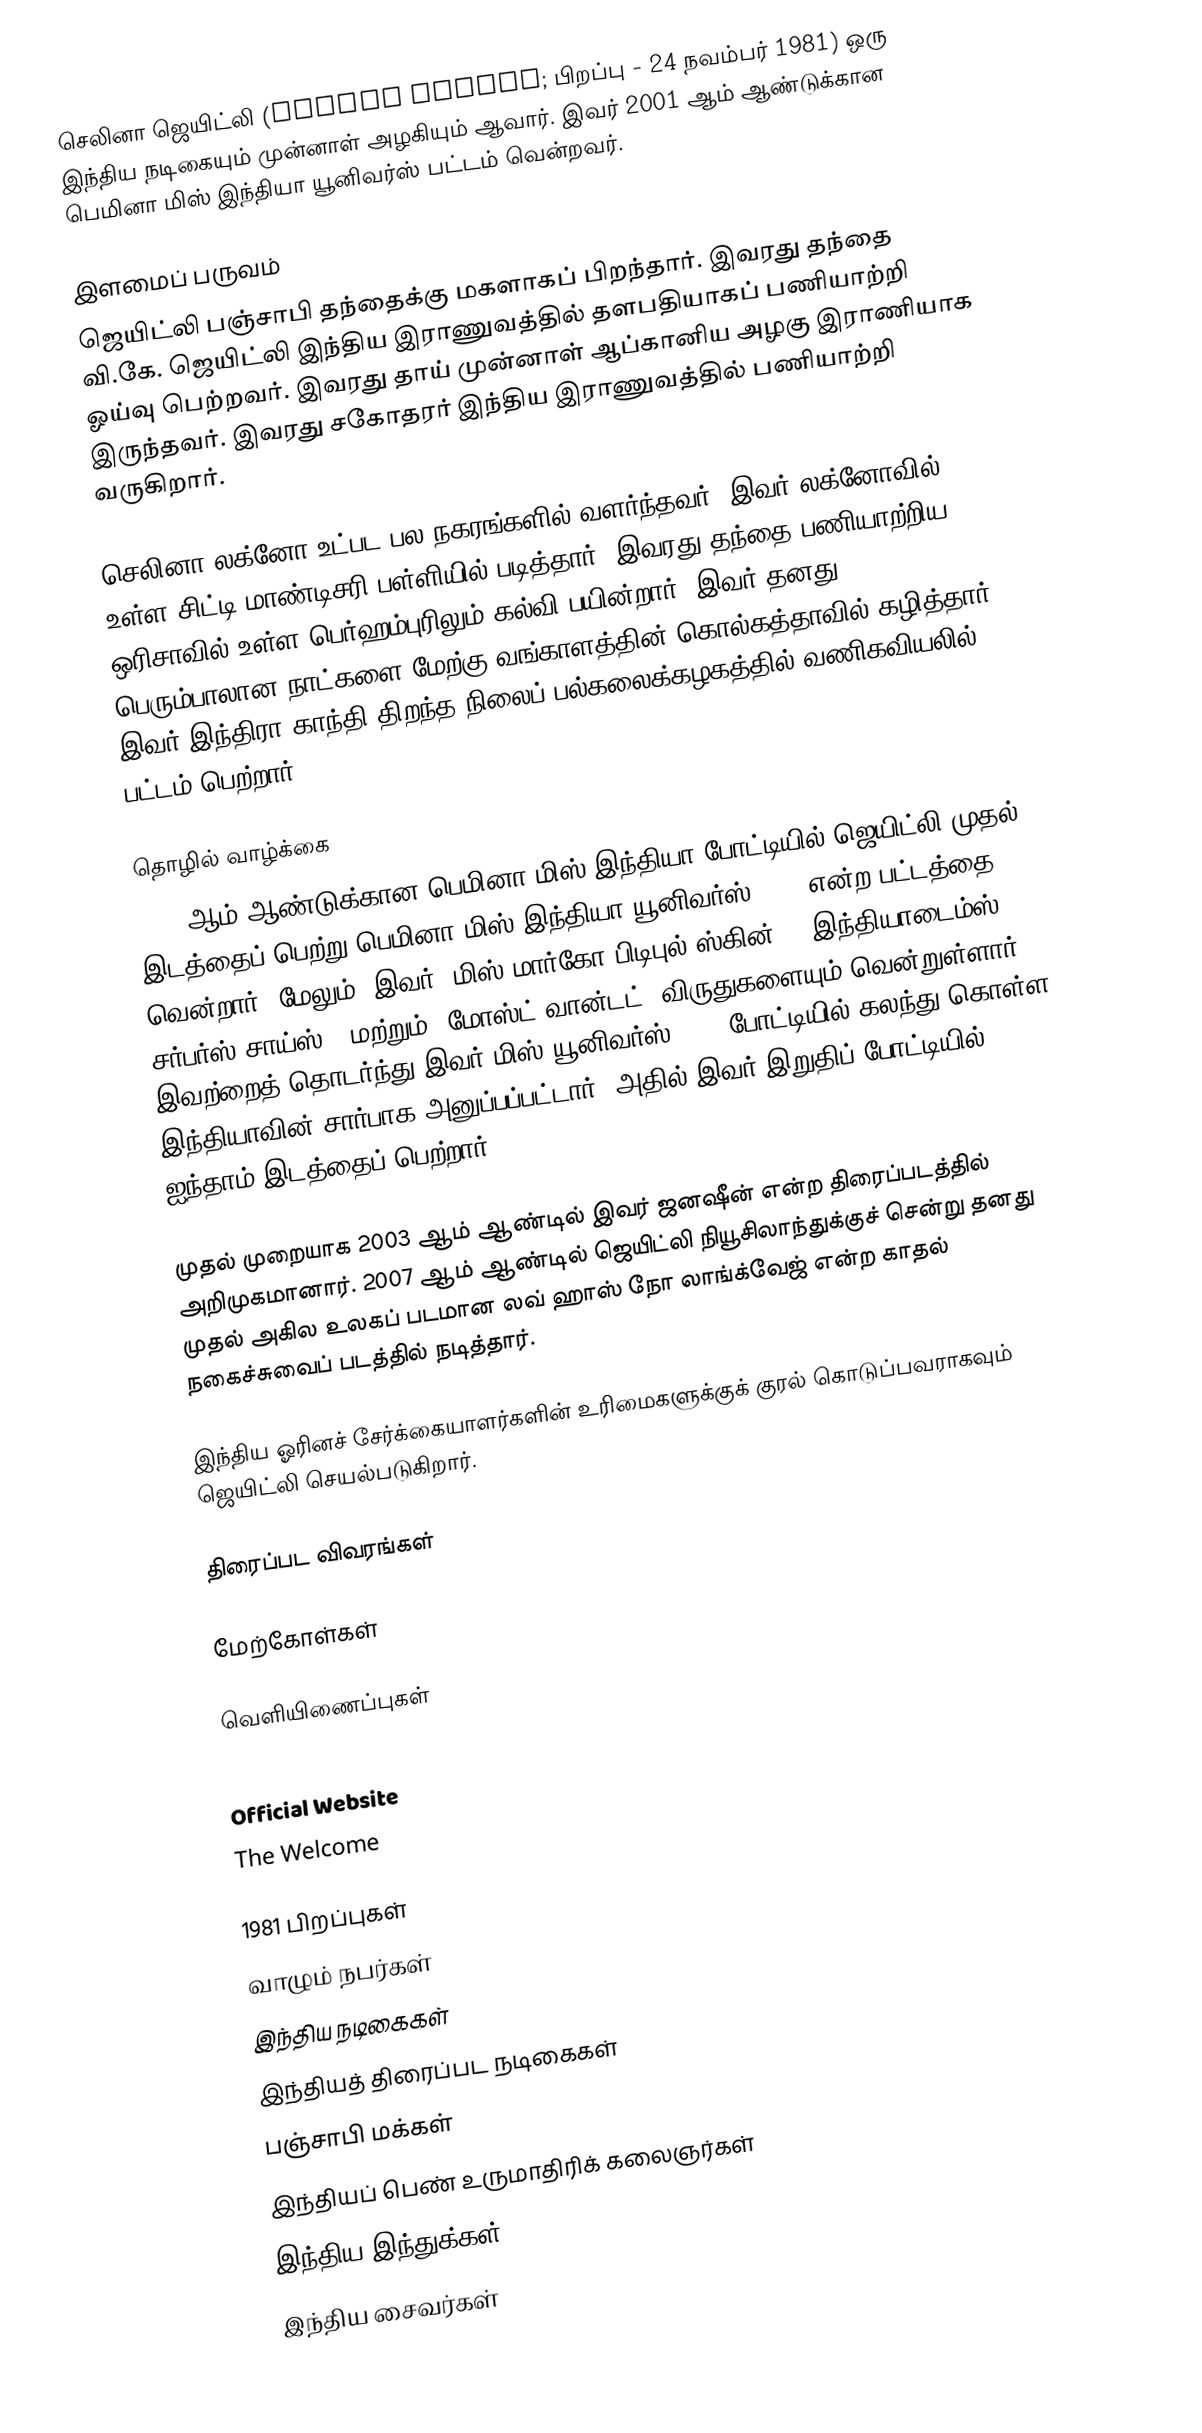
செலினா ஜெயிட்லி (Celina Jaitly; பிறப்பு - 24 நவம்பர் 1981) ஒரு இந்திய நடிகையும் முன்னாள் அழகியும் ஆவார். இவர் 2001 ஆம் ஆண்டுக்கான பெமினா மிஸ் இந்தியா யூனிவர்ஸ் பட்டம் வென்றவர்.

இளமைப் பருவம்
ஜெயிட்லி பஞ்சாபி தந்தைக்கு மகளாகப் பிறந்தார். இவரது தந்தை வி.கே. ஜெயிட்லி இந்திய இராணுவத்தில் தளபதியாகப் பணியாற்றி ஓய்வு பெற்றவர். இவரது தாய் முன்னாள் ஆப்கானிய அழகு இராணியாக இருந்தவர். இவரது சகோதரர் இந்திய இராணுவத்தில் பணியாற்றி வருகிறார்.

செலினா லக்னோ உட்பட பல நகரங்களில் வளர்ந்தவர். இவர் லக்னோவில் உள்ள சிட்டி மாண்டிசரி பள்ளியில் படித்தார். இவரது தந்தை பணியாற்றிய ஒரிசாவில் உள்ள பெர்ஹம்புரிலும் கல்வி பயின்றார். இவர் தனது பெரும்பாலான நாட்களை மேற்கு வங்காளத்தின் கொல்கத்தாவில் கழித்தார். இவர் இந்திரா காந்தி திறந்த நிலைப் பல்கலைக்கழகத்தில் வணிகவியலில் பட்டம் பெற்றார்.

தொழில் வாழ்க்கை
2001 ஆம் ஆண்டுக்கான பெமினா மிஸ் இந்தியா போட்டியில் ஜெயிட்லி முதல் இடத்தைப் பெற்று பெமினா மிஸ் இந்தியா யூனிவர்ஸ் 2001 என்ற பட்டத்தை வென்றார். மேலும், இவர் "மிஸ் மார்கோ பிடிபுல் ஸ்கின்", "இந்தியாடைம்ஸ் சர்பர்ஸ் சாய்ஸ்", மற்றும் "மோஸ்ட் வான்டட்" விருதுகளையும் வென்றுள்ளார். இவற்றைத் தொடர்ந்து இவர் மிஸ் யூனிவர்ஸ் 2001 போட்டியில் கலந்து கொள்ள இந்தியாவின் சார்பாக அனுப்பப்பட்டார். அதில் இவர் இறுதிப் போட்டியில் ஐந்தாம் இடத்தைப் பெற்றார்.

முதல் முறையாக 2003 ஆம் ஆண்டில் இவர் ஜனஷீன் என்ற திரைப்படத்தில் அறிமுகமானார். 2007 ஆம் ஆண்டில் ஜெயிட்லி நியூசிலாந்துக்குச் சென்று தனது முதல் அகில உலகப் படமான லவ் ஹாஸ் நோ லாங்க்வேஜ் என்ற காதல் நகைச்சுவைப் படத்தில் நடித்தார்.

இந்திய ஓரினச் சேர்க்கையாளர்களின் உரிமைகளுக்குக் குரல் கொடுப்பவராகவும் ஜெயிட்லி செயல்படுகிறார்.

திரைப்பட விவரங்கள்

மேற்கோள்கள்

வெளியிணைப்புகள்

 Official Website
 The Welcome

1981 பிறப்புகள்
வாழும் நபர்கள்
இந்திய நடிகைகள்
இந்தியத் திரைப்பட நடிகைகள்
பஞ்சாபி மக்கள்
இந்தியப் பெண் உருமாதிரிக் கலைஞர்கள்
இந்திய இந்துக்கள்
இந்திய சைவர்கள்